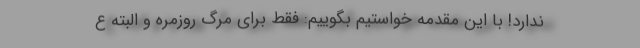
ندارد! با این مقدمه خواستیم بگوییم: فقط برای مرگ روزمره و البته ع